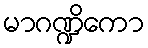
မာဂဏ္ဍိကော